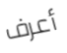
أعرف